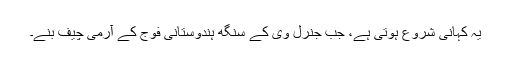
یہ کہانی شروع ہوتی ہے، جب جنرل وی کے سنگھ ہندوستانی فوج کے آرمی چیف بنے۔